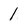
Character: 1